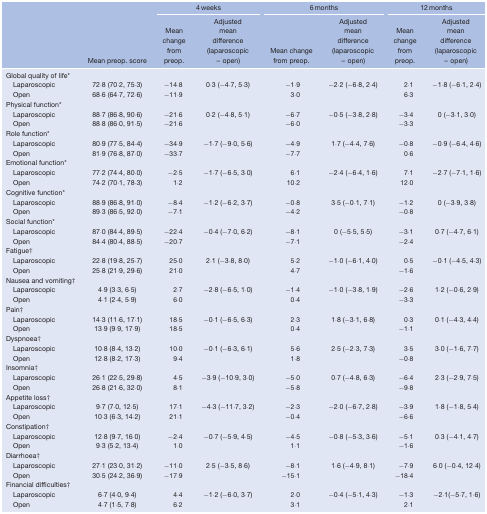
<table><thead><tr><td></td><td></td><td colspan="2"><b>4 weeks</b></td><td colspan="2"><b>6 months</b></td><td colspan="2"><b>12 months</b></td></tr><tr><td></td><td><b>Mean preop. score</b></td><td><b>Mean change from preop.</b></td><td><b>Adjusted mean difference (laparoscopic – open)</b></td><td><b>Mean change from preop.</b></td><td><b>Adjusted mean difference (laparoscopic – open)</b></td><td><b>Mean change from preop.</b></td><td><b>Adjusted mean difference (laparoscopic – open)</b></td></tr></thead><tbody><tr><td>Global quality of life*</td><td></td><td></td><td></td><td></td><td></td><td></td><td></td></tr><tr><td> Laparoscopic</td><td>72·8 (70·2, 75·3)</td><td>−14.8</td><td rowspan="2">0·3 (−4·7, 5·3)</td><td>−1.9</td><td rowspan="2">−2·2 (−6·8, 2·4)</td><td>2.1</td><td rowspan="2">−1·8 (−6·1, 2·4)</td></tr><tr><td> Open</td><td>68·6 (64·7, 72·6)</td><td>−11.9</td><td>3.0</td><td>6.3</td></tr><tr><td>Physical function*</td><td></td><td></td><td></td><td></td><td></td><td></td><td></td></tr><tr><td> Laparoscopic</td><td>88·7 (86·8, 90·6)</td><td>−21.6</td><td rowspan="2">0·2 (−4·8, 5·1)</td><td>−6.7</td><td rowspan="2">−0·5 (−3·8, 2·8)</td><td>−3.4</td><td rowspan="2">0 (−3·1, 3·0)</td></tr><tr><td> Open</td><td>88·8 (86·0, 91·5)</td><td>−21.6</td><td>−6.0</td><td>−3.3</td></tr><tr><td>Role function*</td><td></td><td></td><td></td><td></td><td></td><td></td><td></td></tr><tr><td> Laparoscopic</td><td>80·9 (77·5, 84·4)</td><td>−34.9</td><td rowspan="2">−1·7 (−9·0, 5·6)</td><td>−4.9</td><td rowspan="2">1·7 (−4·4, 7·6)</td><td>−0.8</td><td rowspan="2">−0·9 (−6·4, 4·6)</td></tr><tr><td> Open</td><td>81·9 (76·8, 87·0)</td><td>−33.7</td><td>−7.7</td><td>0.6</td></tr><tr><td>Emotional function*</td><td></td><td></td><td></td><td></td><td></td><td></td><td></td></tr><tr><td> Laparoscopic</td><td>77·2 (74·4, 80·0)</td><td>−2.5</td><td rowspan="2">−1·7 (−6·5, 3·0)</td><td>6.1</td><td rowspan="2">−2·4 (−6·4, 1·6)</td><td>7.1</td><td rowspan="2">−2·7 (−7·1, 1·6)</td></tr><tr><td> Open</td><td>74·2 (70·1, 78·3)</td><td>1.2</td><td>10.2</td><td>12.0</td></tr><tr><td>Cognitive function*</td><td></td><td></td><td></td><td></td><td></td><td></td><td></td></tr><tr><td> Laparoscopic</td><td>88·9 (86·8, 91·0)</td><td>−8.4</td><td rowspan="2">−1·2 (−6·2, 3·7)</td><td>−0.8</td><td rowspan="2">3·5 (−0·1, 7·1)</td><td>−1.2</td><td rowspan="2">0 (−3·9, 3·8)</td></tr><tr><td> Open</td><td>89·3 (86·5, 92·0)</td><td>−7.1</td><td>−4.2</td><td>−0.8</td></tr><tr><td>Social function*</td><td></td><td></td><td></td><td></td><td></td><td></td><td></td></tr><tr><td> Laparoscopic</td><td>87·0 (84·4, 89·5)</td><td>−22.4</td><td rowspan="2">−0·4 (−7·0, 6·2)</td><td>−8.1</td><td rowspan="2">0 (−5·5, 5·5)</td><td>−3.1</td><td rowspan="2">0·7 (−4·7, 6·1)</td></tr><tr><td> Open</td><td>84·4 (80·4, 88·5)</td><td>−20.7</td><td>−7.1</td><td>−2.4</td></tr><tr><td>Fatigue†</td><td></td><td></td><td></td><td></td><td></td><td></td><td></td></tr><tr><td> Laparoscopic</td><td>22·8 (19·8, 25·7)</td><td>25.0</td><td rowspan="2">2·1 (−3·8, 8·0)</td><td>5.2</td><td rowspan="2">−1·0 (−6·1, 4·0)</td><td>0.5</td><td rowspan="2">−0·1 (−4·5, 4·3)</td></tr><tr><td> Open</td><td>25·8 (21·9, 29·6)</td><td>21.0</td><td>4.7</td><td>−1.6</td></tr><tr><td>Nausea and vomiting†</td><td></td><td></td><td></td><td></td><td></td><td></td><td></td></tr><tr><td> Laparoscopic</td><td>4·9 (3·3, 6·5)</td><td>2.7</td><td rowspan="2">−2·8 (−6·5, 1·0)</td><td>−1.4</td><td rowspan="2">−1·0 (−3·8, 1·9)</td><td>−2.6</td><td rowspan="2">1·2 (−0·6, 2·9)</td></tr><tr><td> Open</td><td>4·1 (2·4, 5·9)</td><td>6.0</td><td>0.4</td><td>−3.3</td></tr><tr><td>Pain†</td><td></td><td></td><td></td><td></td><td></td><td></td><td></td></tr><tr><td> Laparoscopic</td><td>14·3 (11·6, 17·1)</td><td>18.5</td><td rowspan="2">−0·1 (−6·5, 6·3)</td><td>2.3</td><td rowspan="2">1·8 (−3·1, 6·8)</td><td>0.3</td><td rowspan="2">0·1 (−4·3, 4·4)</td></tr><tr><td> Open</td><td>13·9 (9·9, 17·9)</td><td>18.5</td><td>0.4</td><td>−1.1</td></tr><tr><td>Dyspnoea†</td><td></td><td></td><td></td><td></td><td></td><td></td><td></td></tr><tr><td> Laparoscopic</td><td>10·8 (8·4, 13·2)</td><td>10.0</td><td rowspan="2">−0·1 (−6·3, 6·1)</td><td>5.6</td><td rowspan="2">2·5 (−2·3, 7·3)</td><td>3.5</td><td rowspan="2">3·0 (−1·6, 7·7)</td></tr><tr><td> Open</td><td>12·8 (8·2, 17·3)</td><td>9.4</td><td>1.8</td><td>−0.8</td></tr><tr><td>Insomnia†</td><td></td><td></td><td></td><td></td><td></td><td></td><td></td></tr><tr><td> Laparoscopic</td><td>26·1 (22·5, 29·8)</td><td>4.5</td><td rowspan="2">−3·9 (−10·9, 3·0)</td><td>−5.0</td><td rowspan="2">0·7 (−4·8, 6·3)</td><td>−6.4</td><td rowspan="2">2·3 (−2·9, 7·5)</td></tr><tr><td> Open</td><td>26·8 (21·6, 32·0)</td><td>8.1</td><td>−5.8</td><td>−9.8</td></tr><tr><td>Appetite loss†</td><td></td><td></td><td></td><td></td><td></td><td></td><td></td></tr><tr><td> Laparoscopic</td><td>9·7 (7·0, 12·5)</td><td>17.1</td><td rowspan="2">−4·3 (−11·7, 3·2)</td><td>−2.3</td><td rowspan="2">−2·0 (−6·7, 2·8)</td><td>−3.9</td><td rowspan="2">1·8 (−1·8, 5·4)</td></tr><tr><td> Open</td><td>10·3 (6·3, 14·2)</td><td>21.1</td><td>−0.4</td><td>−6.6</td></tr><tr><td>Constipation†</td><td></td><td></td><td></td><td></td><td></td><td></td><td></td></tr><tr><td> Laparoscopic</td><td>12·8 (9·7, 16·0)</td><td>−2.4</td><td rowspan="2">−0·7 (−5·9, 4·5)</td><td>−4.5</td><td rowspan="2">−0·8 (−5·3, 3·6)</td><td>−5.1</td><td rowspan="2">0·3 (−4·1, 4·7)</td></tr><tr><td> Open</td><td>9·3 (5·2, 13·4)</td><td>1.0</td><td>1.1</td><td>−1.6</td></tr><tr><td>Diarrhoea†</td><td></td><td></td><td></td><td></td><td></td><td></td><td></td></tr><tr><td> Laparoscopic</td><td>27·1 (23·0, 31·2)</td><td>−11.0</td><td rowspan="2">2·5 (−3·5, 8·6)</td><td>−8.1</td><td rowspan="2">1·6 (−4·9, 8·1)</td><td>−7.9</td><td rowspan="2">6·0 (−0·4, 12·4)</td></tr><tr><td> Open</td><td>30·5 (24·2, 36·9)</td><td>−17.9</td><td>−15.1</td><td>−18.4</td></tr><tr><td>Financial difficulties†</td><td></td><td></td><td></td><td></td><td></td><td></td><td></td></tr><tr><td> Laparoscopic</td><td>6·7 (4·0, 9·4)</td><td>4.4</td><td rowspan="2">−1·2 (−6·0, 3·7)</td><td>2.0</td><td rowspan="2">−0·4 (−5·1, 4·3)</td><td>−1.3</td><td rowspan="2">−2·1(−5·7, 1·6)</td></tr><tr><td> Open</td><td>4·7 (1·5, 7·8)</td><td>6.2</td><td>3.1</td><td>2.1</td></tr></tbody></table>